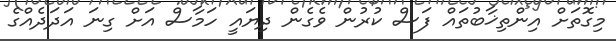
މިގޮތަށް އިންތިޚާބުތައް ފަސް ކުރުން ވެގެން ދިޔައީ ހަމާސް އަށް ގިނަ އަދަދެއްގެ